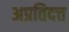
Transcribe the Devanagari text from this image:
अप्रतिदत्त